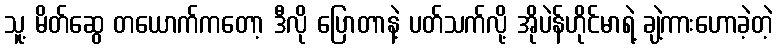
သူ့ မိတ်ဆွေ တယောက်ကတော့ ဒီလို ပြောတာနဲ့ ပတ်သက်လို့ အိုပဲန်ဟိုင်မာရဲ့ ချဲ့ကားဟောခဲ့တဲ့